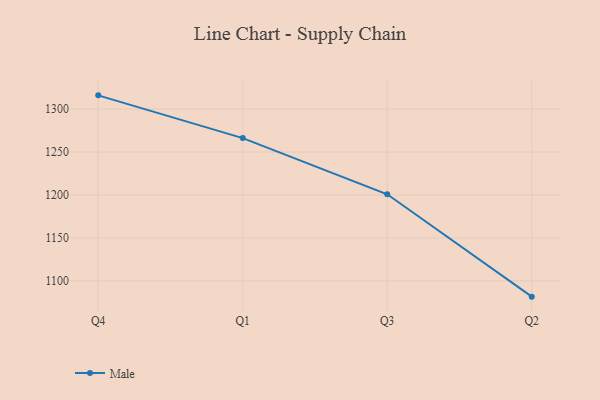
{"axis": {"x": "Quarter", "y": "Population (Million)"}, "legend": ["Male"], "data": [{"x": "Q4", "y": 1316.0, "type": "Male"}, {"x": "Q1", "y": 1266.2, "type": "Male"}, {"x": "Q3", "y": 1200.8, "type": "Male"}, {"x": "Q2", "y": 1081.6, "type": "Male"}]}